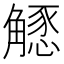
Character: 𧤶